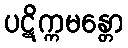
ပဋိက္ကမန္တော